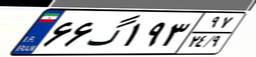
۸۸گ۵۶۰۵۷